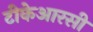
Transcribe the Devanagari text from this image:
टीकेआरसी